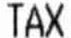
TAX